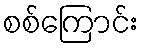
စစ်ကြောင်း